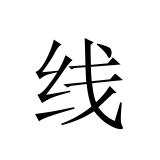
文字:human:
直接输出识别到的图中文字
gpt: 线